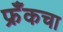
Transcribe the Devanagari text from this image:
फ्रँकचा